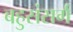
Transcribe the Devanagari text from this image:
बहुसंसर्ग